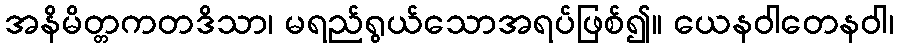
အနိမိတ္တကတဒိသာ၊ မရည်ရွယ်သောအရပ်ဖြစ်၍။ ယေနဝါတေနဝါ၊